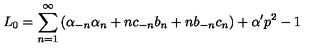
L _ { 0 } = \sum _ { n = 1 } ^ { \infty } \left( \alpha _ { - n } \alpha _ { n } + n c _ { - n } b _ { n } + n b _ { - n } c _ { n } \right) + \alpha ^ { \prime } p ^ { 2 } - 1